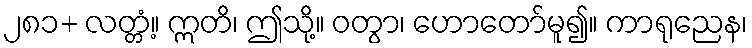
၂၈၁+ လတ္တံ့။ ဣတိ၊ ဤသို့။ ဝတွာ၊ ဟောတော်မူ၍။ ကာရုညေန၊